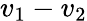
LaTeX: v_{1}-v_{2}